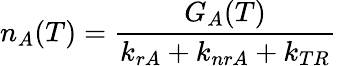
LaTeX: n_{A}(T)=\frac{G_{A}(T)}{k_{rA}+k_{nrA}+k_{TR}}